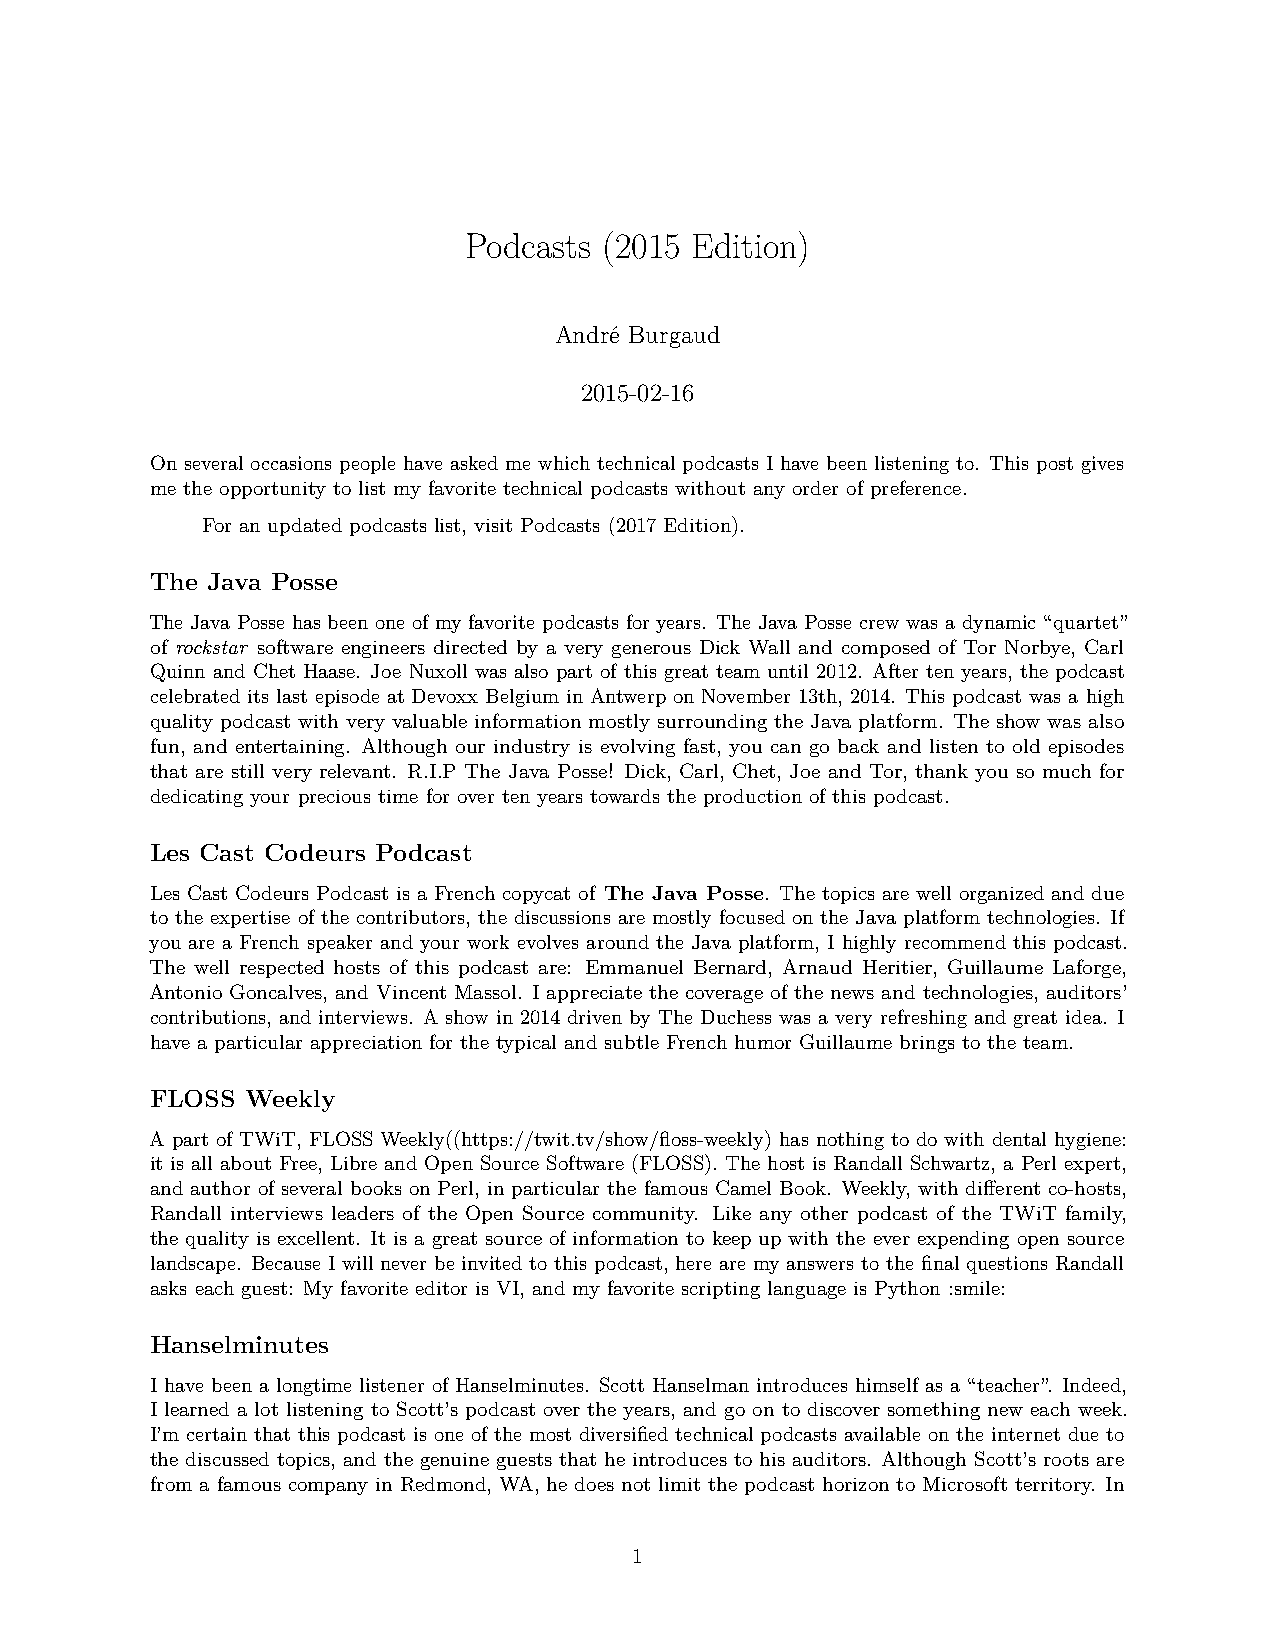
Podcasts (2015 Edition)
 André Burgaud
 2015-02-16
 On several occasions people have asked me which technical podcasts I have been listening to. This post gives
 me the opportunity to list my favorite technical podcasts without any order of preference.
 For an updated podcasts list, visit Podcasts (2017 Edition).
 The Java Posse
 The Java Posse has been one of my favorite podcasts for years. The Java Posse crew was a dynamic “quartet”
 of rockstar software engineers directed by a very generous Dick Wall and composed of Tor Norbye, Carl
 Quinn and Chet Haase. Joe Nuxoll was also part of this great team until 2012. After ten years, the podcast
 celebrated its last episode at Devoxx Belgium in Antwerp on November 13th, 2014. This podcast was a high
 quality podcast with very valuable information mostly surrounding the Java platform. The show was also
 fun, and entertaining. Although our industry is evolving fast, you can go back and listen to old episodes
 that are still very relevant. R.I.P The Java Posse! Dick, Carl, Chet, Joe and Tor, thank you so much for
 dedicating your precious time for over ten years towards the production of this podcast.
 Les Cast Codeurs Podcast
 Les Cast Codeurs Podcast is a French copycat of The Java Posse. The topics are well organized and due
 to the expertise of the contributors, the discussions are mostly focused on the Java platform technologies. If
 you are a French speaker and your work evolves around the Java platform, I highly recommend this podcast.
 The well respected hosts of this podcast are: Emmanuel Bernard, Arnaud Heritier, Guillaume Laforge,
 Antonio Goncalves, and Vincent Massol. I appreciate the coverage of the news and technologies, auditors’
 contributions, and interviews. A show in 2014 driven by The Duchess was a very refreshing and great idea. I
 have a particular appreciation for the typical and subtle French humor Guillaume brings to the team.
 FLOSS Weekly
 A part of TWiT, FLOSS Weekly((https://twit.tv/show/floss-weekly) has nothing to do with dental hygiene:
 it is all about Free, Libre and Open Source Software (FLOSS). The host is Randall Schwartz, a Perl expert,
 and author of several books on Perl, in particular the famous Camel Book. Weekly, with different co-hosts,
 Randall interviews leaders of the Open Source community. Like any other podcast of the TWiT family,
 the quality is excellent. It is a great source of information to keep up with the ever expending open source
 landscape. Because I will never be invited to this podcast, here are my answers to the final questions Randall
 asks each guest: My favorite editor is VI, and my favorite scripting language is Python :smile:
 Hanselminutes
 I have been a longtime listener of Hanselminutes. Scott Hanselman introduces himself as a “teacher”. Indeed,
 I learned a lot listening to Scott’s podcast over the years, and go on to discover something new each week.
 I’m certain that this podcast is one of the most diversified technical podcasts available on the internet due to
 the discussed topics, and the genuine guests that he introduces to his auditors. Although Scott’s roots are
 from a famous company in Redmond, WA, he does not limit the podcast horizon to Microsoft territory. In
 1